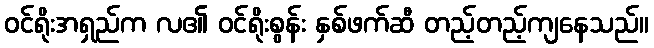
ဝင်ရိုးအရှည်က လ၏ ဝင်ရိုးစွန်း နှစ်ဖက်ဆီ တည့်တည့်ကျနေသည်။